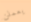
يعملن